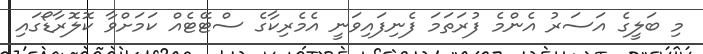
މި ބަލީގެ އަސަރު އެންމެ ފުރަތަމަ ފެނިފައިވަނީ އެމެރިކާގެ ސްޓޭޓެއް ކަމަށްވާ ކޮލޮރާޑޯގައި